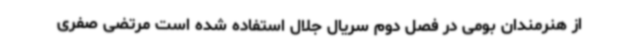
از هنرمندان بومی در فصل دوم سریال جلال استفاده شده است مرتضی صفری